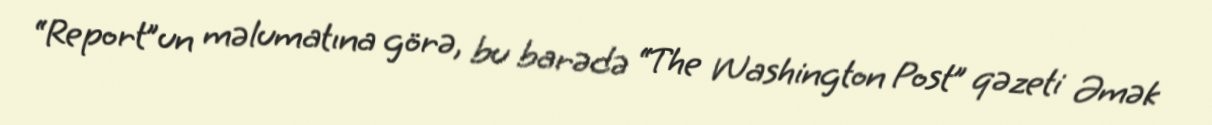
“Report”un məlumatına görə, bu barədə “The Washington Post” qəzeti Əmək